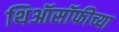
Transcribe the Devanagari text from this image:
थिऑसॉफीच्या